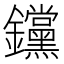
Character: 钂